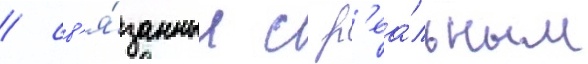
/ св'я́занные с р'еа́льным